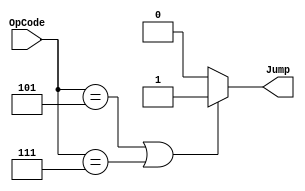

module JumpMod (OpCode, Jump);

input [4:0]	OpCode;
output		Jump;

assign Jump = ((OpCode == 5'b00101) | (OpCode == 5'b00111)) ? 1'b1 : 1'b0;

endmodule